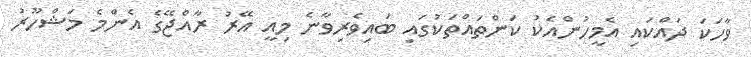
ވާހަކަ ދައްކައި އެމީހުންއެކު ކަންތައްތަކުގައި ބައިވެރިވާނެ މިއީ އޭރު ރާއްޖޭގެ އެންމެ މަޝްހޫރު